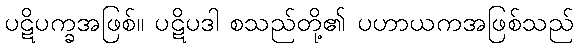
ပဋိပက္ခအဖြစ်။ ပဋိပဒါ စသည်တို့၏ ပဟာယကအဖြစ်သည်